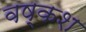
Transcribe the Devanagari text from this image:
वष्कश